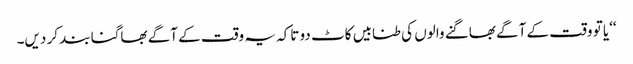
‘‘یا تو وقت کے آگے بھاگنے والوں کی طنابیں کاٹ دو تاکہ یہ وقت کے آگے بھاگنا بند کر دیں۔